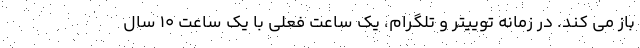
باز می کند. در زمانه توییتر و تلگرام، یک ساعت فعلی با یک ساعت 10 سال